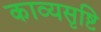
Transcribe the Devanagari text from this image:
काव्यसृष्टि